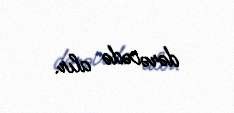
dərəcədə alır.